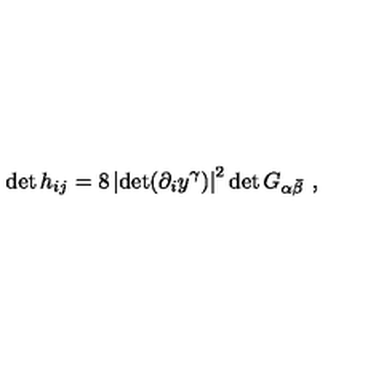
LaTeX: \det h _ { i j } = 8 \left| \det ( \partial _ { i } y ^ { \gamma } ) \right| ^ { 2 } \det G _ { \alpha \bar { \beta } } \ ,